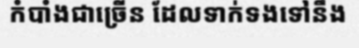
កំបាំងជាច្រើន ដែលទាក់ទងទៅនឹង